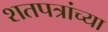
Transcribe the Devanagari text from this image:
शतपत्रांच्या